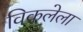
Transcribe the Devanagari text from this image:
विकलेला